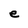
Character: e